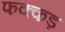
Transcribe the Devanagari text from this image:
फक्‍कड़